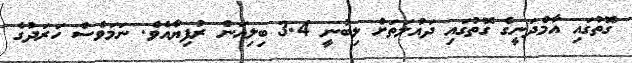
ގޮތުގައި އާމްދަނީގެ ގޮތުގައި ދައުލަތަށް ލިބުނީ 3.4 ބިލިއަން ރުފިޔާއެވެ. ނަމަވެސް ހަރަދުގެ